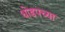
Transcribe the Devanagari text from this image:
धोडपच्या